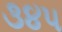
૩૪૫